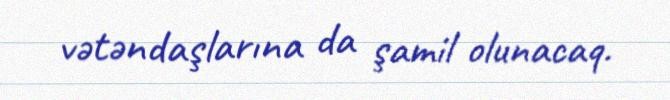
vətəndaşlarına da şamil olunacaq.